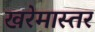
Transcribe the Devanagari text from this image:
खरेमास्तर